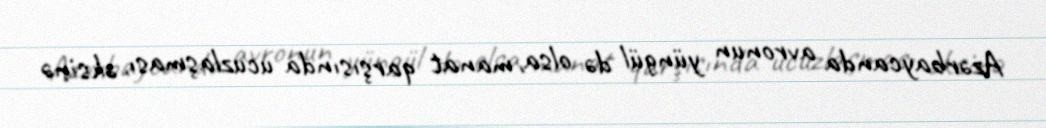
Azərbaycanda avronun yüngül də olsa, manat qarşısında ucuzlaşması, əksinə